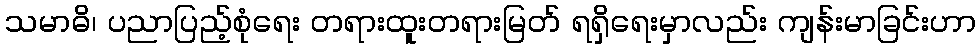
သမာဓိ၊ ပညာပြည့်စုံရေး တရားထူးတရားမြတ် ရရှိရေးမှာလည်း ကျန်းမာခြင်းဟာ